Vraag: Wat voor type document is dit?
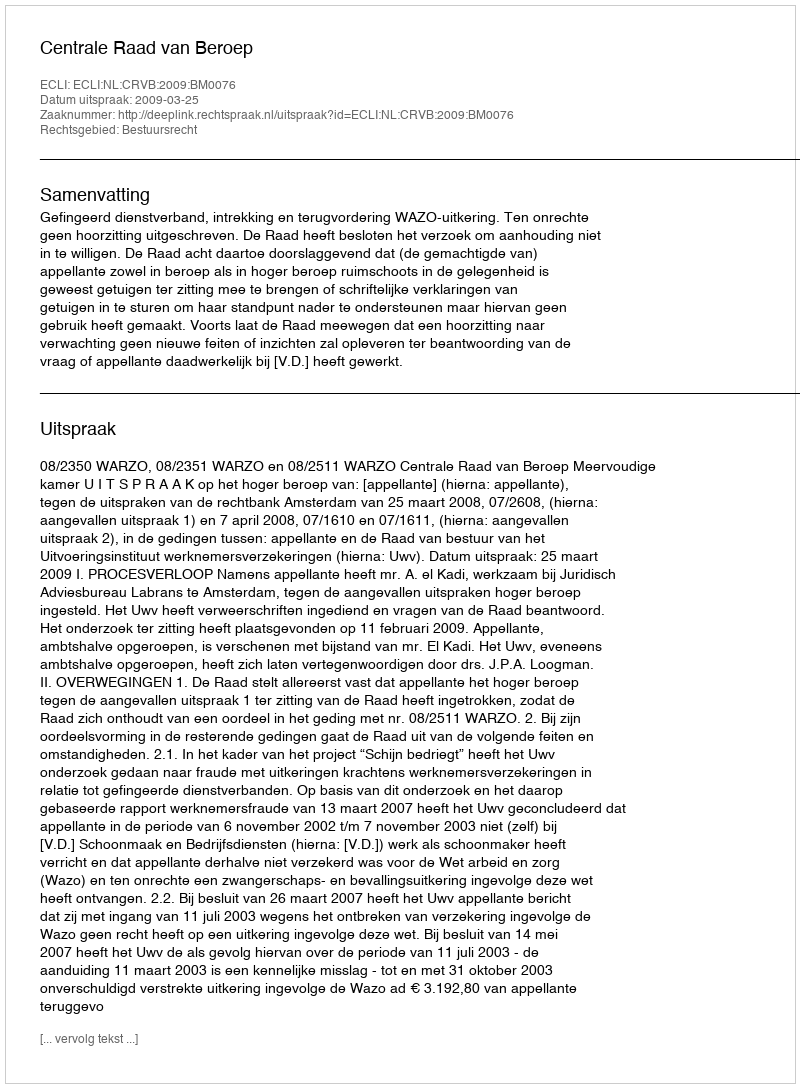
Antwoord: Uitspraak